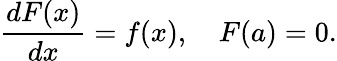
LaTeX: {\frac{dF(x)}{dx}}=f(x),\quad F(a)=0.